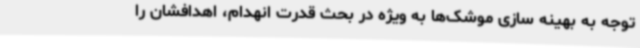
توجه به بهینه سازی موشک‌ها به ویژه در بحث قدرت انهدام، اهدافشان را